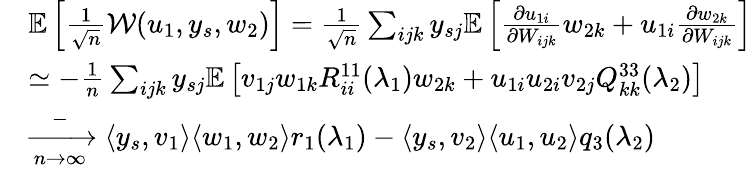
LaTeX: \begin{array}{rl}&{\mathbb{E}\left[\frac{1}{\sqrt n}{\mathcal{W}}(u_{1},y_{s},w_{2})\right]=\frac{1}{\sqrt n}\sum_{ijk}y_{sj}\mathbb{E}\left[\frac{\partial u_{1i}}{\partial W_{ijk}}w_{2k}+u_{1i}\frac{\partial w_{2k}}{\partial W_{ijk}}\right]}\\ &{\simeq-\frac 1n\sum_{ijk}y_{sj}\mathbb{E}\left[v_{1j}w_{1k}R_{ii}^{11}(\lambda_{1})w_{2k}+u_{1i}u_{2i}v_{2j}Q_{kk}^{33}(\lambda_{2})\right]}\\ &{\xrightarrow[n\to\infty]-\langle y_{s},v_{1}\rangle\langle w_{1},w_{2}\rangle r_{1}(\lambda_{1})-\langle y_{s},v_{2}\rangle\langle u_{1},u_{2}\rangle q_{3}(\lambda_{2})}\end{array}